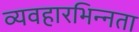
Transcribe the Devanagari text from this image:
व्यवहारभिन्नता